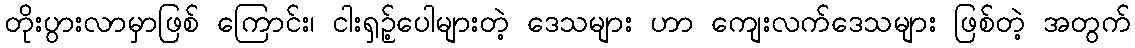
တိုးပွားလာမှာဖြစ် ကြောင်း၊ ငါးရှဉ့်ပေါများတဲ့ ဒေသများ ဟာ ကျေးလက်ဒေသများ ဖြစ်တဲ့ အတွက်